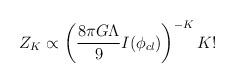
LaTeX: \begin{align*}Z_K\propto\left(\frac{8\pi G \Lambda}{9} I(\phi_{cl})\right)^{-K} K!\end{align*}